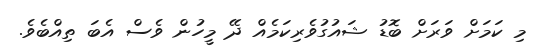
މި ކަމަށް ވަރަށް ބޮޑު ޝައުގުވެރިކަމެއް ދޭ މީހުން ވެސް އެބަ ތިއްބެވެ.